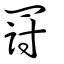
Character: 罸